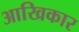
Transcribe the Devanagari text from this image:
आखिकार